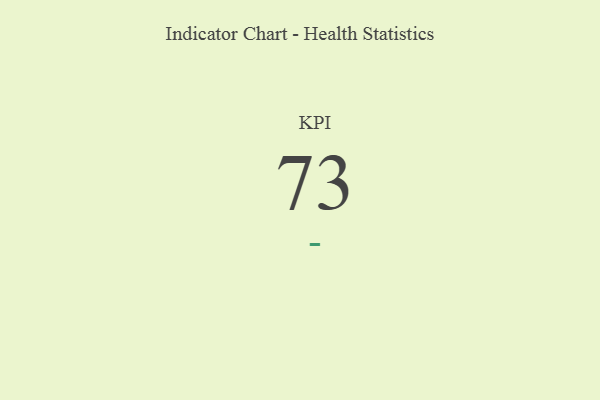
{"axis": {"x": "KPI", "y": "Value"}, "legend": [""], "data": [{"x": "KPI", "y": 73, "type": ""}]}